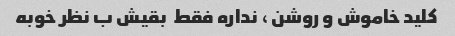
کلید خاموش و روشن ، نداره فقط  بقیش ب نظر خوبه